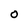
Character: O